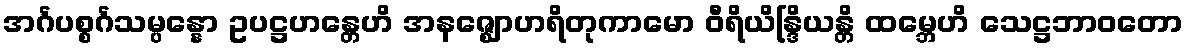
အင်္ဂပစ္စင်္ဂသမ္ပန္နော ဥပဋ္ဌဟန္တေဟိ အနဇ္ဈောဟရိတုကာမော ဝီရိယိန္ဒြိယန္တိ ထမ္ဘေဟိ သေဋ္ဌဘာဝတော